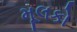
મૂલકો